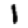
Digit: 1